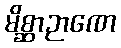
မိစ္ဆာဉာဏေ